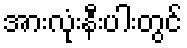
အားလုံးနီးပါးတွင်